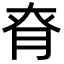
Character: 𦚉